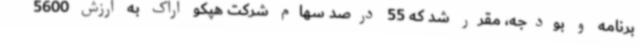
برنامه و بودجه، مقرر شد که 55 درصد سهام شرکت هپکو اراک به ارزش 5600